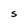
Character: S